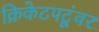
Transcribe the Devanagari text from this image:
क्रिकेटपटूंवर